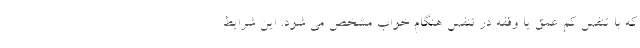
که با تنفس کم عمق یا وقفه در تنفس هنگام خواب مشخص می شود. این شرایط